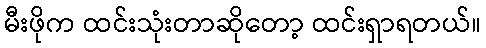
မီးဖိုက ထင်းသုံးတာဆိုတော့ ထင်းရှာရတယ်။